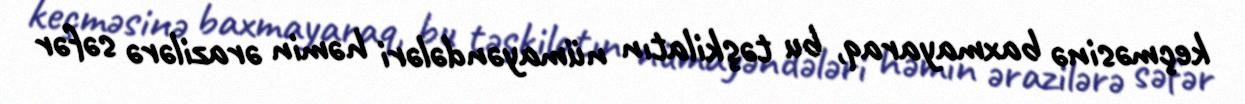
keçməsinə baxmayaraq, bu təşkilatın nümayəndələri həmin ərazilərə səfər